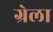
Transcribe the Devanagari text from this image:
ग्रेला